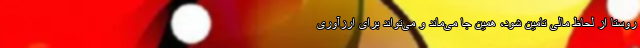
روستا از لحاظ مالی تامین شود، همین جا می‌ماند و می‌تواند برای ارزآوری